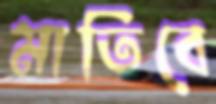
মাতিবে